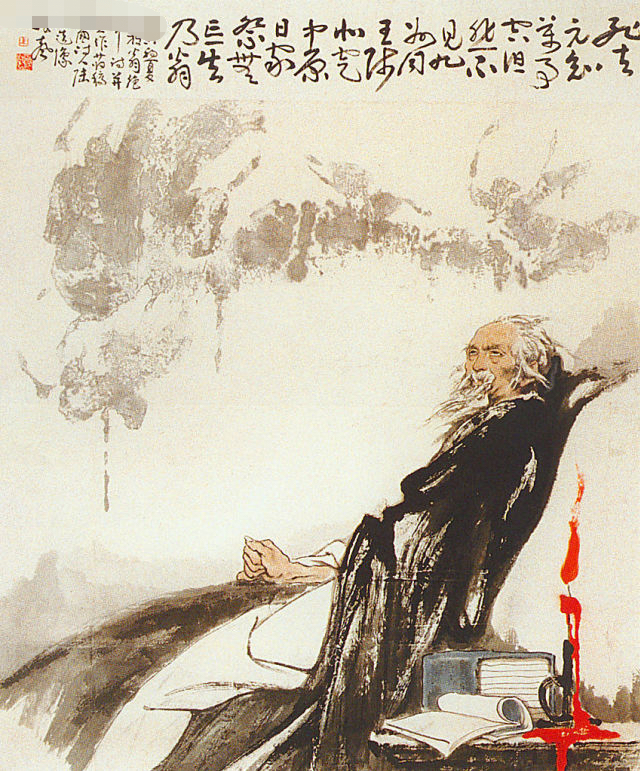
叹流年又成虚度。